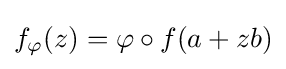
f_{\varphi }(z)=\varphi \circ f(a+zb)